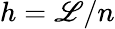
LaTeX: h=\mathscr{L}/n